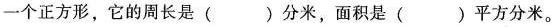
一个正方形，它的周长是( )分米，面积是( )平方分米。